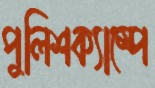
পুলিশক্যাম্পে